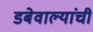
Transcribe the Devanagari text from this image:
डबेवाल्यांची